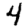
Digit: 4